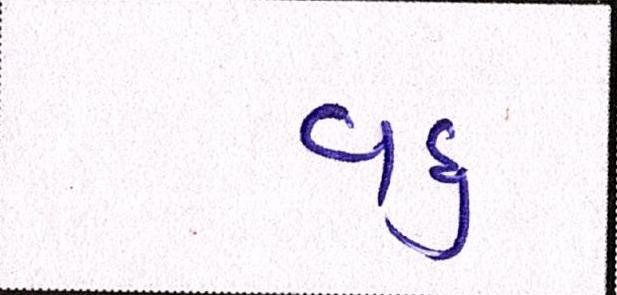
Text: વધુ